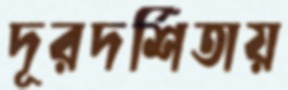
দূরদর্শিতায়